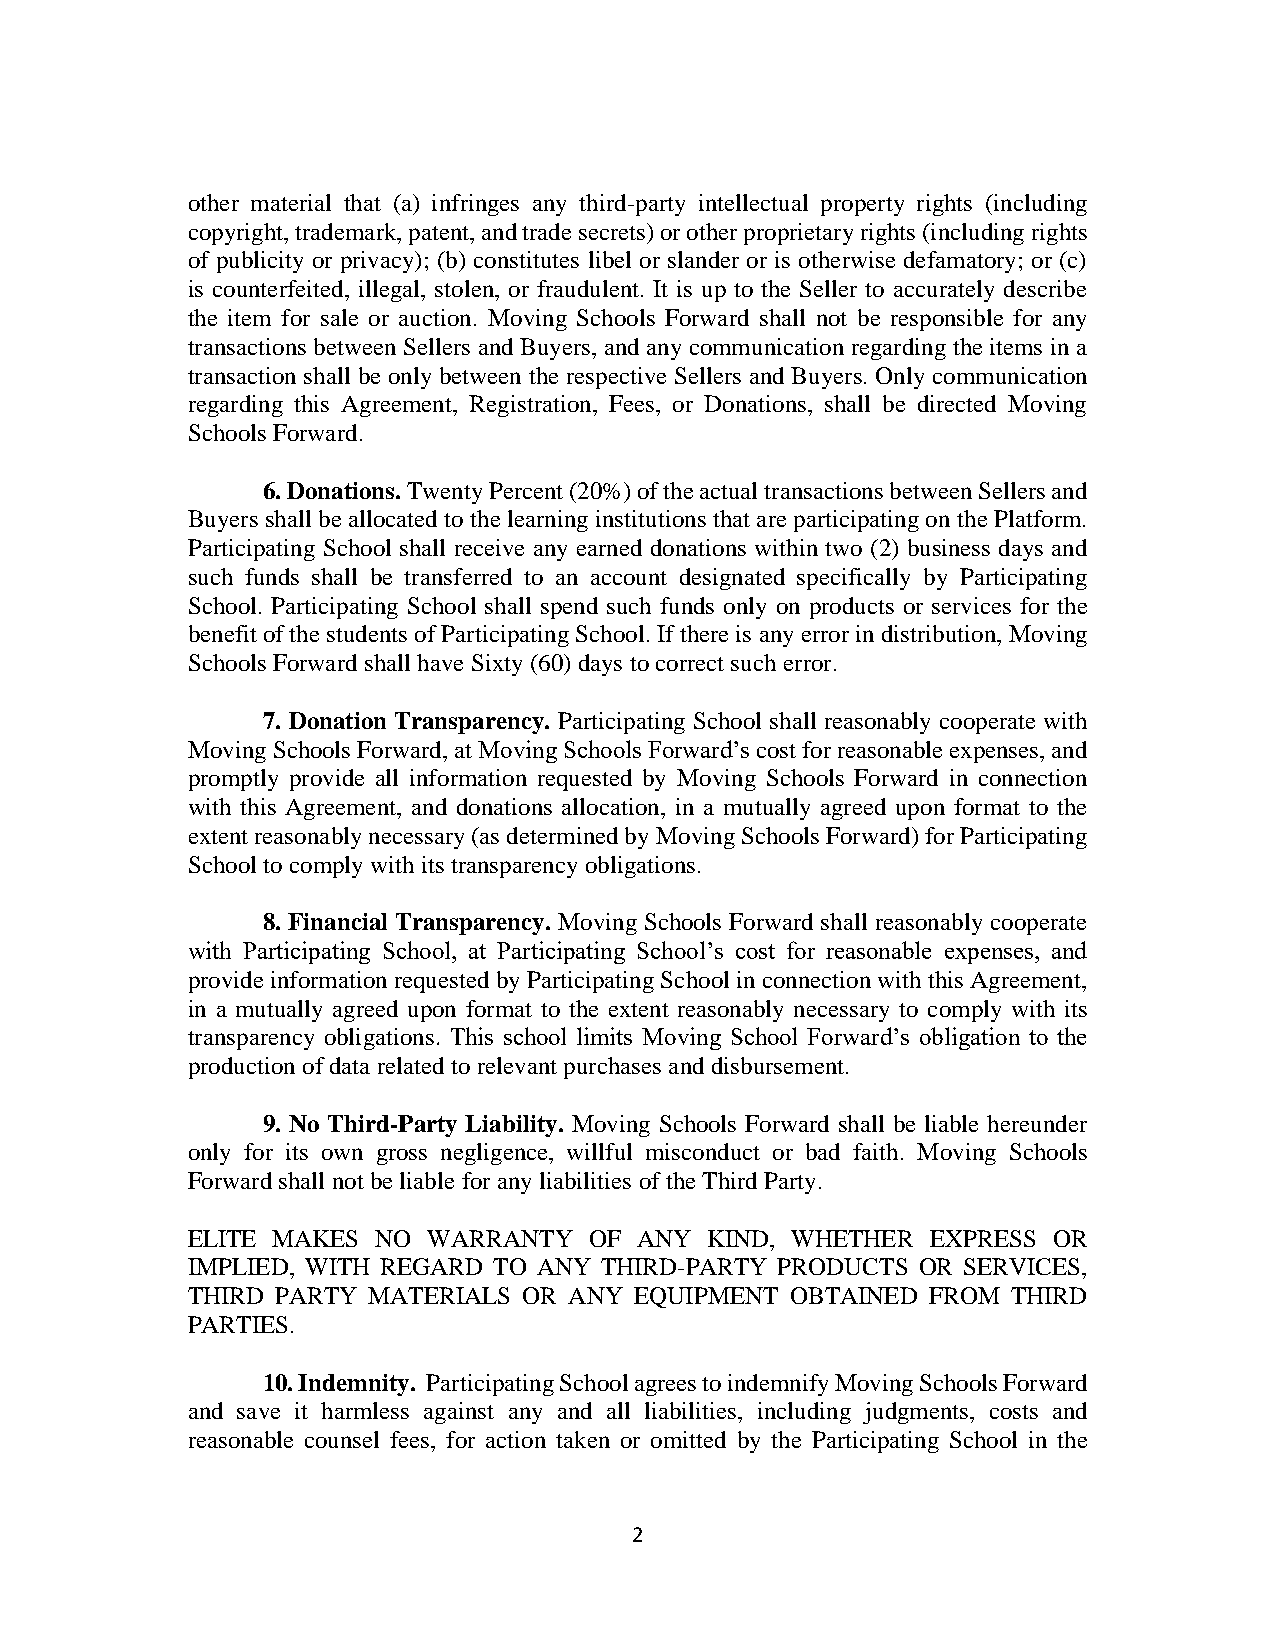
other material that (a) infringes any third-party intellectual property rights (including
 copyright, trademark, patent, and trade secrets) or other proprietary rights (including rights
 of publicity or privacy); (b) constitutes libel or slander or is otherwise defamatory; or (c)
 is counterfeited, illegal, stolen, or fraudulent. It is up to the Seller to accurately describe
 the item for sale or auction. Moving Schools Forward shall not be responsible for any
 transactions between Sellers and Buyers, and any communication regarding the items in a
 transaction shall be only between the respective Sellers and Buyers. Only communication
 regarding this Agreement, Registration, Fees, or Donations, shall be directed Moving
 Schools Forward.
 6. Donations. Twenty Percent (20%) of the actual transactions between Sellers and
 Buyers shall be allocated to the learning institutions that are participating on the Platform.
 Participating School shall receive any earned donations within two (2) business days and
 such funds shall be transferred to an account designated specifically by Participating
 School. Participating School shall spend such funds only on products or services for the
 benefit of the students of Participating School. If there is any error in distribution, Moving
 Schools Forward shall have Sixty (60) days to correct such error.
 7. Donation Transparency. Participating School shall reasonably cooperate with
 Moving Schools Forward, at Moving Schools Forward’s cost for reasonable expenses, and
 promptly provide all information requested by Moving Schools Forward in connection
 with this Agreement, and donations allocation, in a mutually agreed upon format to the
 extent reasonably necessary (as determined by Moving Schools Forward) for Participating
 School to comply with its transparency obligations.
 8. Financial Transparency. Moving Schools Forward shall reasonably cooperate
 with Participating School, at Participating School’s cost for reasonable expenses, and
 provide information requested by Participating School in connection with this Agreement,
 in a mutually agreed upon format to the extent reasonably necessary to comply with its
 transparency obligations. This school limits Moving School Forward’s obligation to the
 production of data related to relevant purchases and disbursement.
 9. No Third-Party Liability. Moving Schools Forward shall be liable hereunder
 only for its own gross negligence, willful misconduct or bad faith. Moving Schools
 Forward shall not be liable for any liabilities of the Third Party.
 ELITE MAKES  NO WARRANTY   OF ANY  KIND, WHETHER  EXPRESS OR
 IMPLIED, WITH REGARD TO ANY THIRD-PARTY PRODUCTS OR SERVICES,
 THIRD PARTY MATERIALS  OR ANY EQUIPMENT OBTAINED  FROM THIRD
 PARTIES.
 10. Indemnity. Participating School agrees to indemnify Moving Schools Forward
 and save it harmless against any and all liabilities, including judgments, costs and
 reasonable counsel fees, for action taken or omitted by the Participating School in the
 2